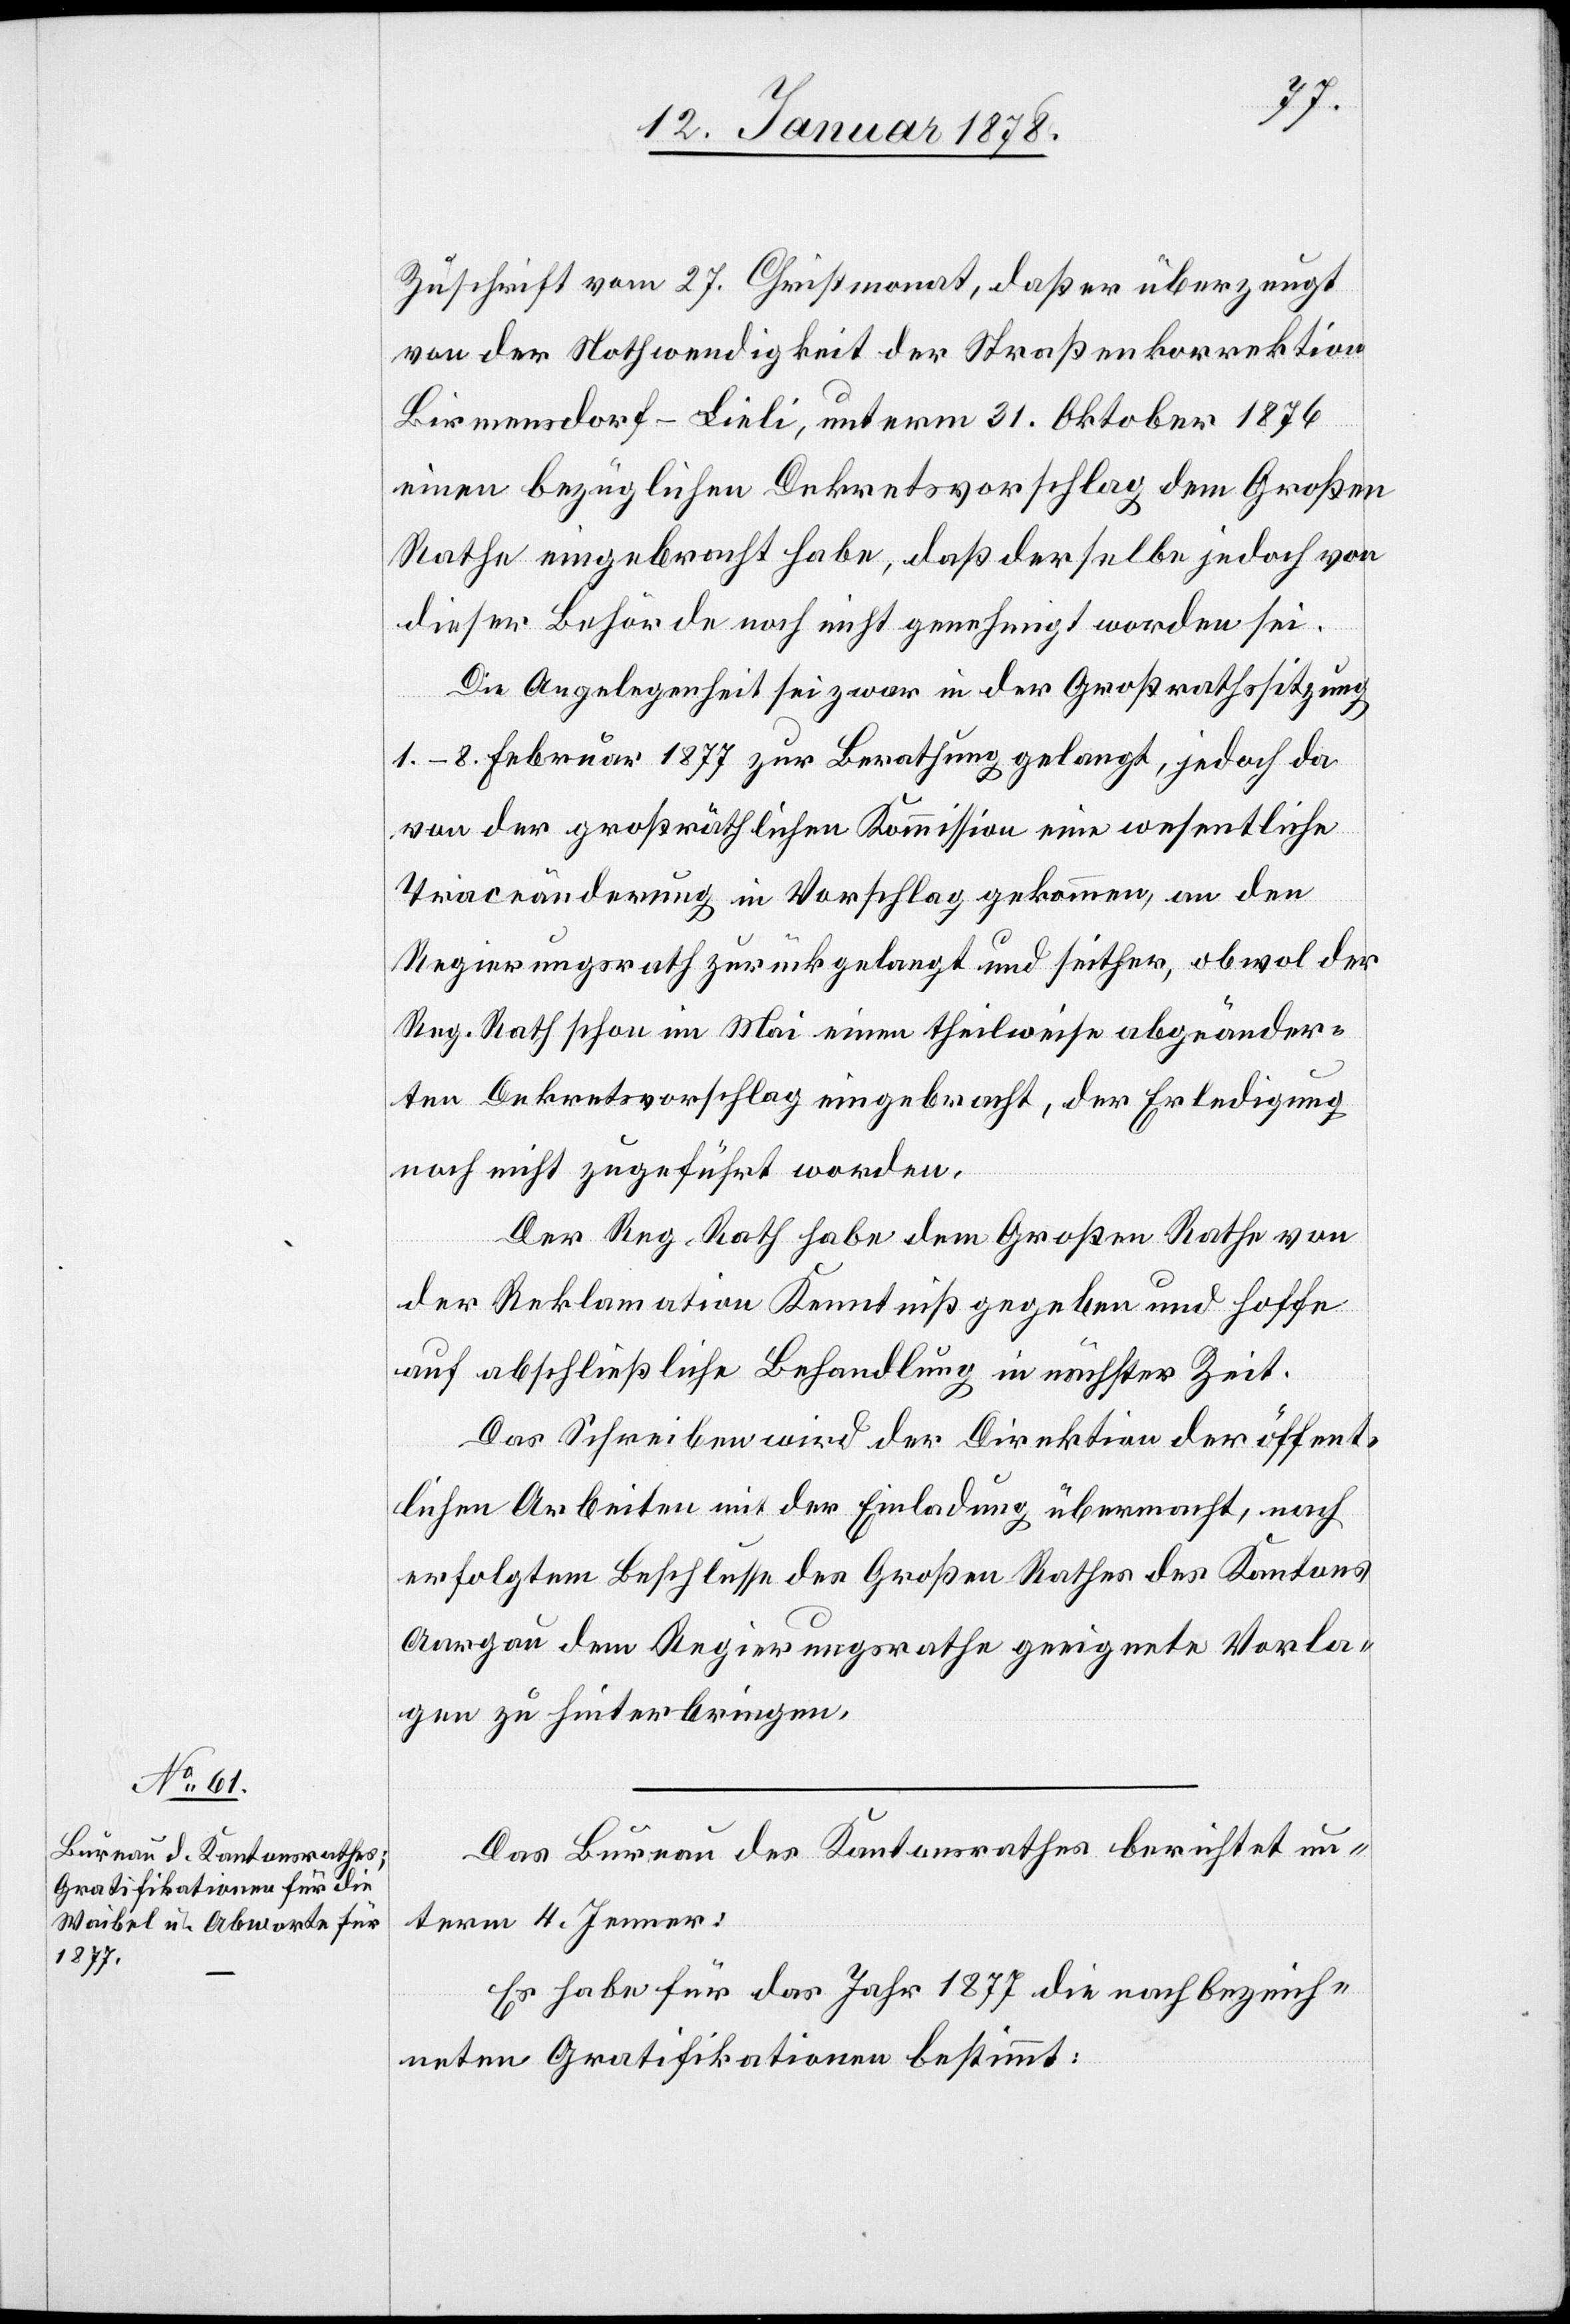
Zuschrift vom 27. Christmonat, daß er überzeugt
von der Nothwendigkeit der Straßenkorrektion
Birmensdorf–Lieli, unterm 31. Oktober 1876
einen bezüglichen Dekretsvorschlag dem Großen
Rathe eingebracht habe, daß derselbe jedoch von
dieser Behörde noch nicht genehmigt worden sei.
Die Angelegenheit sei zwar in der Großrathssitzung
1.–8. Februar 1877 zur Berathung gelangt, jedoch da
von der großräthlichen Kommission eine wesentliche
Traceänderung in Vorschlag gekommen, an den
Regierungsrath zurückgelangt und seither, obwol der
Reg. Rath schon im Mai einen theilweise abgeänder¬
ten Dekretsvorschlag eingebracht, der Erledigung
noch nicht zugeführt worden.
Der Reg. Rath habe dem Großen Rathe von
der Reklamation Kenntniß gegeben und hoffe
auf abschließliche Behandlung in nächster Zeit.
Das Schreiben wird der Direktion der öffent¬
lichen Arbeiten mit der Einladung übermacht, nach
erfolgtem Beschlusse des Großen Rathes des Kantons
Aargau dem Regierungsrathe geeignete Vorla¬
gen zu hinterbringen.
Das Büreau des Kantonsrathes berichtet un¬
term 4. Jenner:
Es habe für das Jahr 1877 die nach bezeich¬
neten Gratifikationen bestimmt: